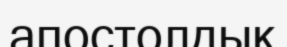
апостолдық